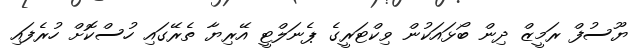
ޔޫސުފް ރަމީޒް ދިން ބޯޅައަކުން ވިކްޓަރީގެ ޕެނަލްޓީ އޭރިޔާ ތެރޭގައި ހުސްކޮށް ހުރެފައި